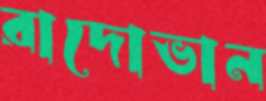
রাদোভান